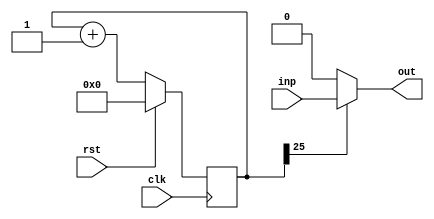
/*
   This file was generated automatically by the Mojo IDE version B1.3.6.
   Do not edit this file directly. Instead edit the original Lucid source.
   This is a temporary file and any changes made to it will be destroyed.
*/

/*
   Parameters:
     SPEED = 26
*/
module select_18 (
    input clk,
    input rst,
    input inp,
    output reg out
  );
  
  localparam SPEED = 5'h1a;
  
  
  reg [25:0] M_counter_d, M_counter_q = 1'h0;
  
  always @* begin
    M_counter_d = M_counter_q;
    
    out = 1'h0;
    M_counter_d = M_counter_q + 1'h1;
    if (M_counter_q[25+0-:1] == 1'h1) begin
      out = inp;
    end
  end
  
  always @(posedge clk) begin
    if (rst == 1'b1) begin
      M_counter_q <= 1'h0;
    end else begin
      M_counter_q <= M_counter_d;
    end
  end
  
endmodule